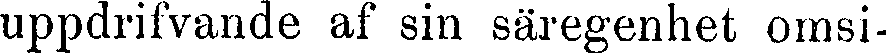
uppdrifvande af sin säregenhet omsi-